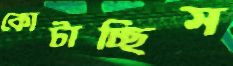
কোটাচ্ছিস